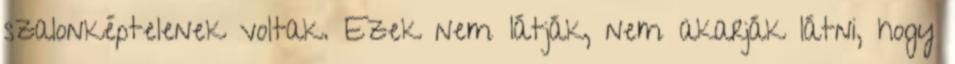
szalonképtelenek voltak. Ezek nem látják, nem akarják látni, hogy